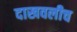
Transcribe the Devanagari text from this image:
दाखवलीच